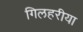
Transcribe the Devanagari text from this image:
गिलहरीया